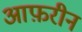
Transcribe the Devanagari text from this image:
आफ़रीन